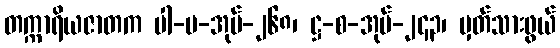
တက္ကာရိယဇာတက ပါ-ပ-အုပ်-၂၆၈၊ ဋ္ဌ-စ-အုပ်-၂၄၃၊ မှတ်သားဖွယ်